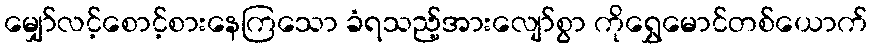
မျှော်လင့်စောင့်စားနေကြသော ခံရသည့်အားလျော်စွာ ကိုရွှေမောင်တစ်ယောက်